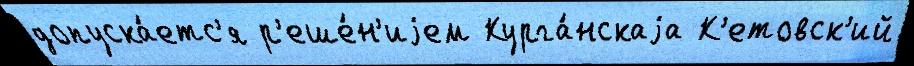
допуска́етс'я р'еше́н'иjем Курга́нскаjа К'етовск'ий